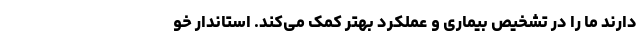
دارند ما را در تشخیص بیماری و عملکرد بهتر کمک می‌کند. استاندار خو